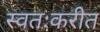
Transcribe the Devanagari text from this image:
स्वतःकरीत